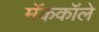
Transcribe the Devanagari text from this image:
मॅककॉले